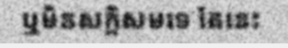
ឬមិនសក្តិសមទេ តែនេះ